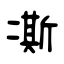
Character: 凘